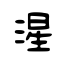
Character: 湦